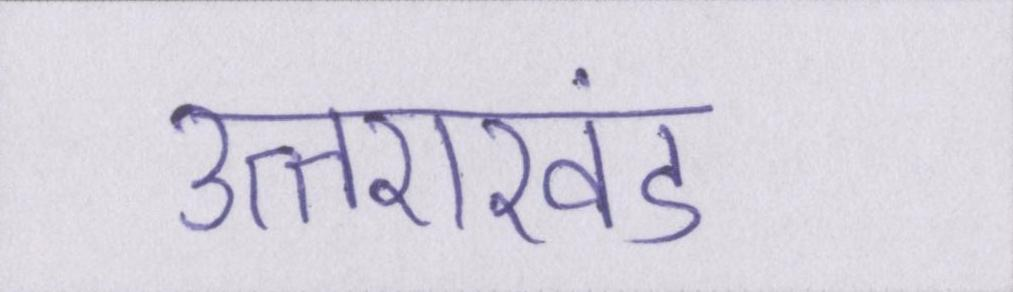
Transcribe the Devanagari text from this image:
उत्तराखंड